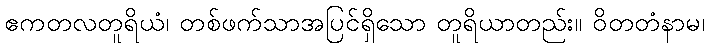
ဧကတလတူရိယံ၊ တစ်ဖက်သာအပြင်ရှိသော တူရိယာတည်း။ ဝိတတံနာမ၊